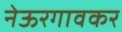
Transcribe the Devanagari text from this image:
नेऊरगावकर